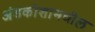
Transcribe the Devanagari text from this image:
अंडकोशामधील